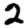
Digit: 2